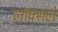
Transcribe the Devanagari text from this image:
लॉक्सले